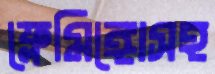
ফ্লেমিঙ্গোসহ